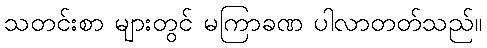
သတင်းစာ များတွင် မကြာခဏ ပါလာတတ်သည်။